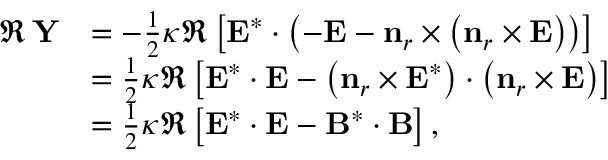
\begin{array} { r l } { \Re \, \mathbf { Y } } & { = - \frac { 1 } { 2 } \boldsymbol { \kappa } \Re \left[ \mathbf { E } ^ { * } \cdot \left( - \mathbf { E } - \mathbf { n } _ { r } \times \left( \mathbf { n } _ { r } \times \mathbf { E } \right) \right) \right] } \\ & { = \frac { 1 } { 2 } \boldsymbol { \kappa } \Re \left[ \mathbf { E } ^ { * } \cdot \mathbf { E } - \left( \mathbf { n } _ { r } \times \mathbf { E } ^ { * } \right) \cdot \left( \mathbf { n } _ { r } \times \mathbf { E } \right) \right] } \\ & { = \frac { 1 } { 2 } \boldsymbol { \kappa } \Re \left[ \mathbf { E } ^ { * } \cdot \mathbf { E } - \mathbf { B } ^ { * } \cdot \mathbf { B } \right] , } \end{array}